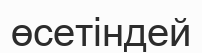
өсетіндей